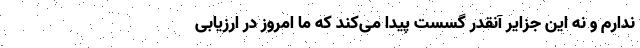
ندارم و نه این جزایر آنقدر گسست پیدا می‌کند که ما امروز در ارزیابی